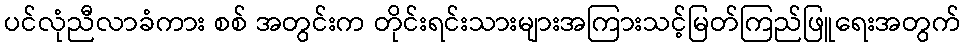
ပင်လုံညီလာခံကား စစ် အတွင်းက တိုင်းရင်းသားများအကြားသင့်မြတ်ကြည်ဖြူရေးအတွက်